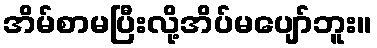
အိမ်စာမပြီးလို့အိပ်မပျော်ဘူး။